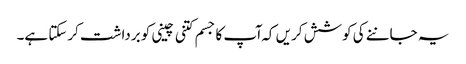
یہ جاننے کی کوشش کریں کہ ا ٓپ کا جسم کتنی چینی کو برداشت کرسکتا ہے۔